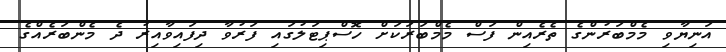
އަނިޔާވި މެމްބަރުންގެ ތެރެއިން ފަސް މެމްބަރަކަށް ހޮސްޕިޓަލުގައި ފަރުވާ ދިފައިވާއިރު ދެ މެންބަރެއްގެ